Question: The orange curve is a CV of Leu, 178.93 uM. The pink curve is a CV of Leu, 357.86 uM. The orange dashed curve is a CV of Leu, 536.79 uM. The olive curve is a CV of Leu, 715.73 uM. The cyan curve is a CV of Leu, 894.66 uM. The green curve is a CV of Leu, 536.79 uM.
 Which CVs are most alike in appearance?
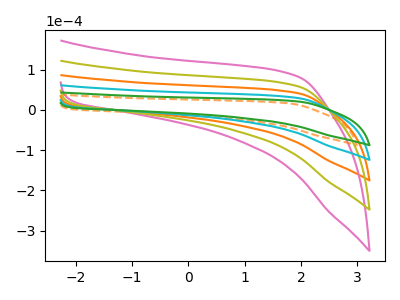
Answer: <think>The orange curve "Leu, 178.93 uM" has no peaks. The pink curve "Leu, 357.86 uM" has no peaks. The orange dashed curve "Leu, 536.79 uM" has no peaks. The olive curve "Leu, 715.73 uM" has no peaks. The cyan curve "Leu, 894.66 uM" has no peaks. The green curve "Leu, 536.79 uM" has no peaks.
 Neither "Leu, 178.93 uM" or "Leu, 357.86 uM" have any peaks. Neither "Leu, 178.93 uM" or "Leu, 536.79 uM" have any peaks. Neither "Leu, 178.93 uM" or "Leu, 715.73 uM" have any peaks. Neither "Leu, 178.93 uM" or "Leu, 894.66 uM" have any peaks. Neither "Leu, 178.93 uM" or "Leu, 536.79 uM" have any peaks. Neither "Leu, 357.86 uM" or "Leu, 536.79 uM" have any peaks. Neither "Leu, 357.86 uM" or "Leu, 715.73 uM" have any peaks. Neither "Leu, 357.86 uM" or "Leu, 894.66 uM" have any peaks. Neither "Leu, 357.86 uM" or "Leu, 536.79 uM" have any peaks. Neither "Leu, 536.79 uM" or "Leu, 715.73 uM" have any peaks. Neither "Leu, 536.79 uM" or "Leu, 894.66 uM" have any peaks. Neither "Leu, 536.79 uM" or "Leu, 536.79 uM" have any peaks. Neither "Leu, 715.73 uM" or "Leu, 894.66 uM" have any peaks. Neither "Leu, 715.73 uM" or "Leu, 536.79 uM" have any peaks. Neither "Leu, 894.66 uM" or "Leu, 536.79 uM" have any peaks.</think>
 <answer>"Leu, 536.79 uM", "Leu, 178.93 uM", "Leu, 357.86 uM", "Leu, 536.79 uM", "Leu, 715.73 uM" and "Leu, 894.66 uM" have the same shape and are likely CV's of the same chemical.</answer>
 <eval>"Leu, 536.79 uM" "Leu, 178.93 uM" "Leu, 357.86 uM" "Leu, 536.79 uM" "Leu, 715.73 uM" "Leu, 894.66 uM"</eval>